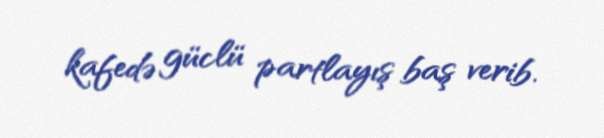
kafedə güclü partlayış baş verib.